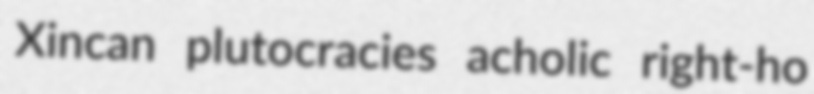
Xincan plutocracies acholic right-ho